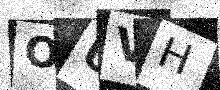
Text: OUVH